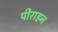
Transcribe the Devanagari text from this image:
पीराहन